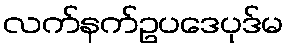
လက်နက်ဥပဒေပုဒ်မ